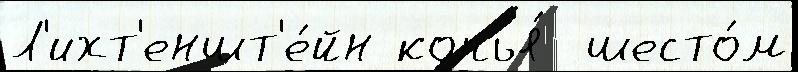
Л'ихт'еншт'е́йн копья́  шесто́м